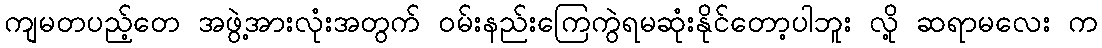
ကျမတပည့်တေ အဖွဲ့အားလုံးအတွက် ဝမ်းနည်းကြေကွဲရမဆုံးနိုင်တော့ပါဘူး လို့ ဆရာမလေး က